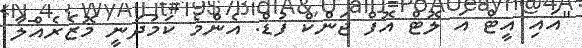
"އައި އީޓް އަ ލޮޓް އޮފް ޖަންކް ފުޑް. އެންމެ ކަމުދަނީ މޮޒެރެއްލާ